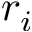
r _ { i }